Indian Medical Review
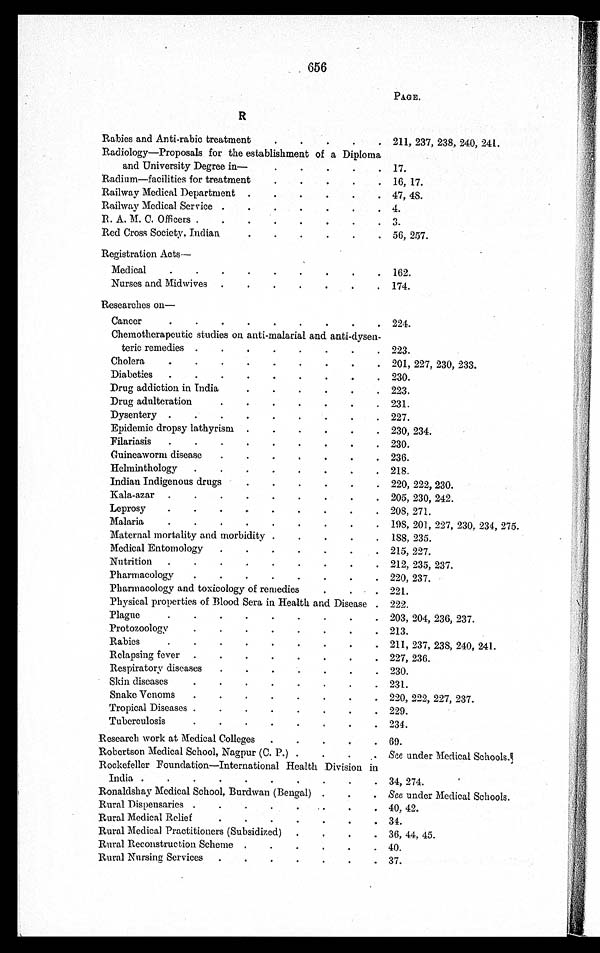
656
PAGE.
R
Rabies and Anti-rabic treatment
.
.
.
.
. 211, 237, 238, 240, 241.
Radiology—Proposals for the establishment of a Diploma
and University Degree in—
.
.
.
.
. 17.
Radium—facilities for treatment
.
.
.
.
. 16, 17.
Railway Medical Department .
.
.
.
.
.
47, 48.
Railway Medical Service .
.
.
.
.
.
. 4.
R. A. M. C. Officers .
.
.
.
.
.
.
. 3.
Red Cross Society, Indian
.
.
.
.
.
. 56, 257.
Registration Acts
—
Medical
.
.
.
.
.
.
.
.
. 162.
Nurses and Midwives .
.
.
.
.
.
. 174.
Researches on —
Cancer
.
.
.
.
.
.
.
.
. 224.
Chemotherapeutic studies on anti-malarial and anti-dysen-
teric remedies .
.
.
.
.
.
.
. 223.
Cholera
.
.
.
.
.
.
.
.
.
201, 227, 230, 233.
Diabetics
.
.
.
.
.
.
.
.
.
230.
Drug addiction in India
.
.
.
.
.
. 223.
Drug adulteration
.
.
.
.
.
.
.
231.
Dysentery .
.
.
.
.
.
.
.
. 227.
Epidemic dropsy lathyrism .
.
.
.
.
. 230, 234.
Filariasis
.
.
.
.
.
.
.
.
.
230.
Guineaworm disease
.
.
.
.
.
.
. 236.
Hel mi nt hol ogy .
.
.
.
.
.
.
. 218.
Indian Indigenous drugs
.
.
.
.
.
. 220, 222, 230.
Kala-azar .
.
.
.
.
.
.
.
.
205, 230, 242.
Leprosy
.
.
.
.
.
.
.
.
. 208, 271.
Malaria
.
.
.
.
.
.
.
.
. 198, 201, 227, 230, 234, 275.
Maternal mortality and morbidity
.
.
.
.
. 188, 235.
Medical Entomology
.
.
.
.
.
.
. 215, 227.
Nutrition
.
.
.
.
.
.
.
.
. 212, 235, 237.
Pharmacology
.
.
.
.
.
.
.
.
220, 237.
Pharmacology and toxicology of remedies
.
.
.
221.
Physical properties of Blood Sera in Health and Disease . 222.
Plague
.
. .
.
.
.
.
.
. 203, 204, 236, 237.
Protozoology
.
.
.
.
.
.
.
.
213.
Rabies
.
.
.
.
.
.
.
.
.
211, 237, 238, 240, 241.
Relapsing fever .
.
.
.
.
.
.
.
227, 236.
Respiratory diseases
.
.
.
.
.
.
. 230.
Skin diseases
.
.
.
.
.
.
.
. 231.
Snake Venoms
.
.
.
.
.
.
.
. 220, 222, 227, 237.
Tropical Diseases .
.
.
.
.
.
.
.
229.
Tuberculosis
.
.
.
.
.
.
.
.
234.
Research work at Medical Colleges
.
.
.
.
.
69.
Robertson Medical School, Nagpur (C. P.) .
.
.
. See under Medical Schools.
Rockefeller Foundation—International Health Division in
India .
.
.
.
.
.
.
.
.
.
34, 274.
Ronaldshay Medical School, Burdwan (Bengal) .
.
. See under Medical Schools.
Rural Dispensaries .
.
.
.
.
.
.
. 40, 42.
Rural Medical Relief
.
.
.
.
.
.
.
34.
Rural Medical Practitioners (Subsidized)
.
.
.
. 36, 44, 45.
Rural Reconstruction Scheme .
.
.
.
.
. 40.
Rural Nursing Services
.
.
.
.
.
.
.
37.